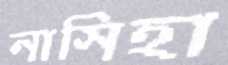
নাসিহা